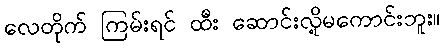
လေတိုက် ကြမ်းရင် ထီး ဆောင်းလို့မကောင်းဘူး။